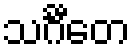
သင်္ဂီတေ